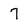
Character: 7